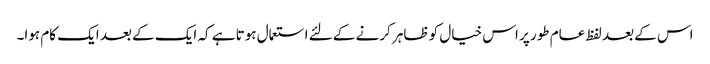
اس کے بعد لفظ عام طور پر اس خیال کو ظاہر کرنے کے لئے استعمال ہوتا ہے کہ ایک کے بعد ایک کام ہوا۔